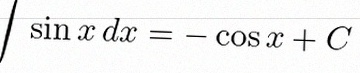
\int \sin x\,dx=-\cos x+C